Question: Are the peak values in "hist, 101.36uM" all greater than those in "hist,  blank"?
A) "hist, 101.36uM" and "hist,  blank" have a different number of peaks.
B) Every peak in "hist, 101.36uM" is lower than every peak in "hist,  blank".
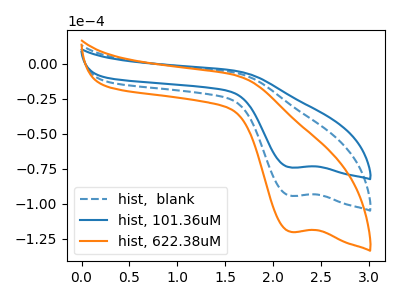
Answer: <think>The blue dashed curve "hist,  blank" has a cathodic peak at: (2.20V, -94.45uA). The blue curve "hist, 101.36uM" has a cathodic peak at: (2.20V, -74.25uA). The orange curve "hist, 622.38uM" has a cathodic peak at: (2.20V, -188.95uA).</think>
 <answer>B) Every peak in "hist, 101.36uM" is lower than every peak in "hist,  blank".</answer>
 <eval>B</eval>